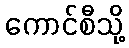
ကောင်စီသို့